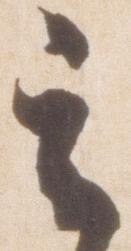
其